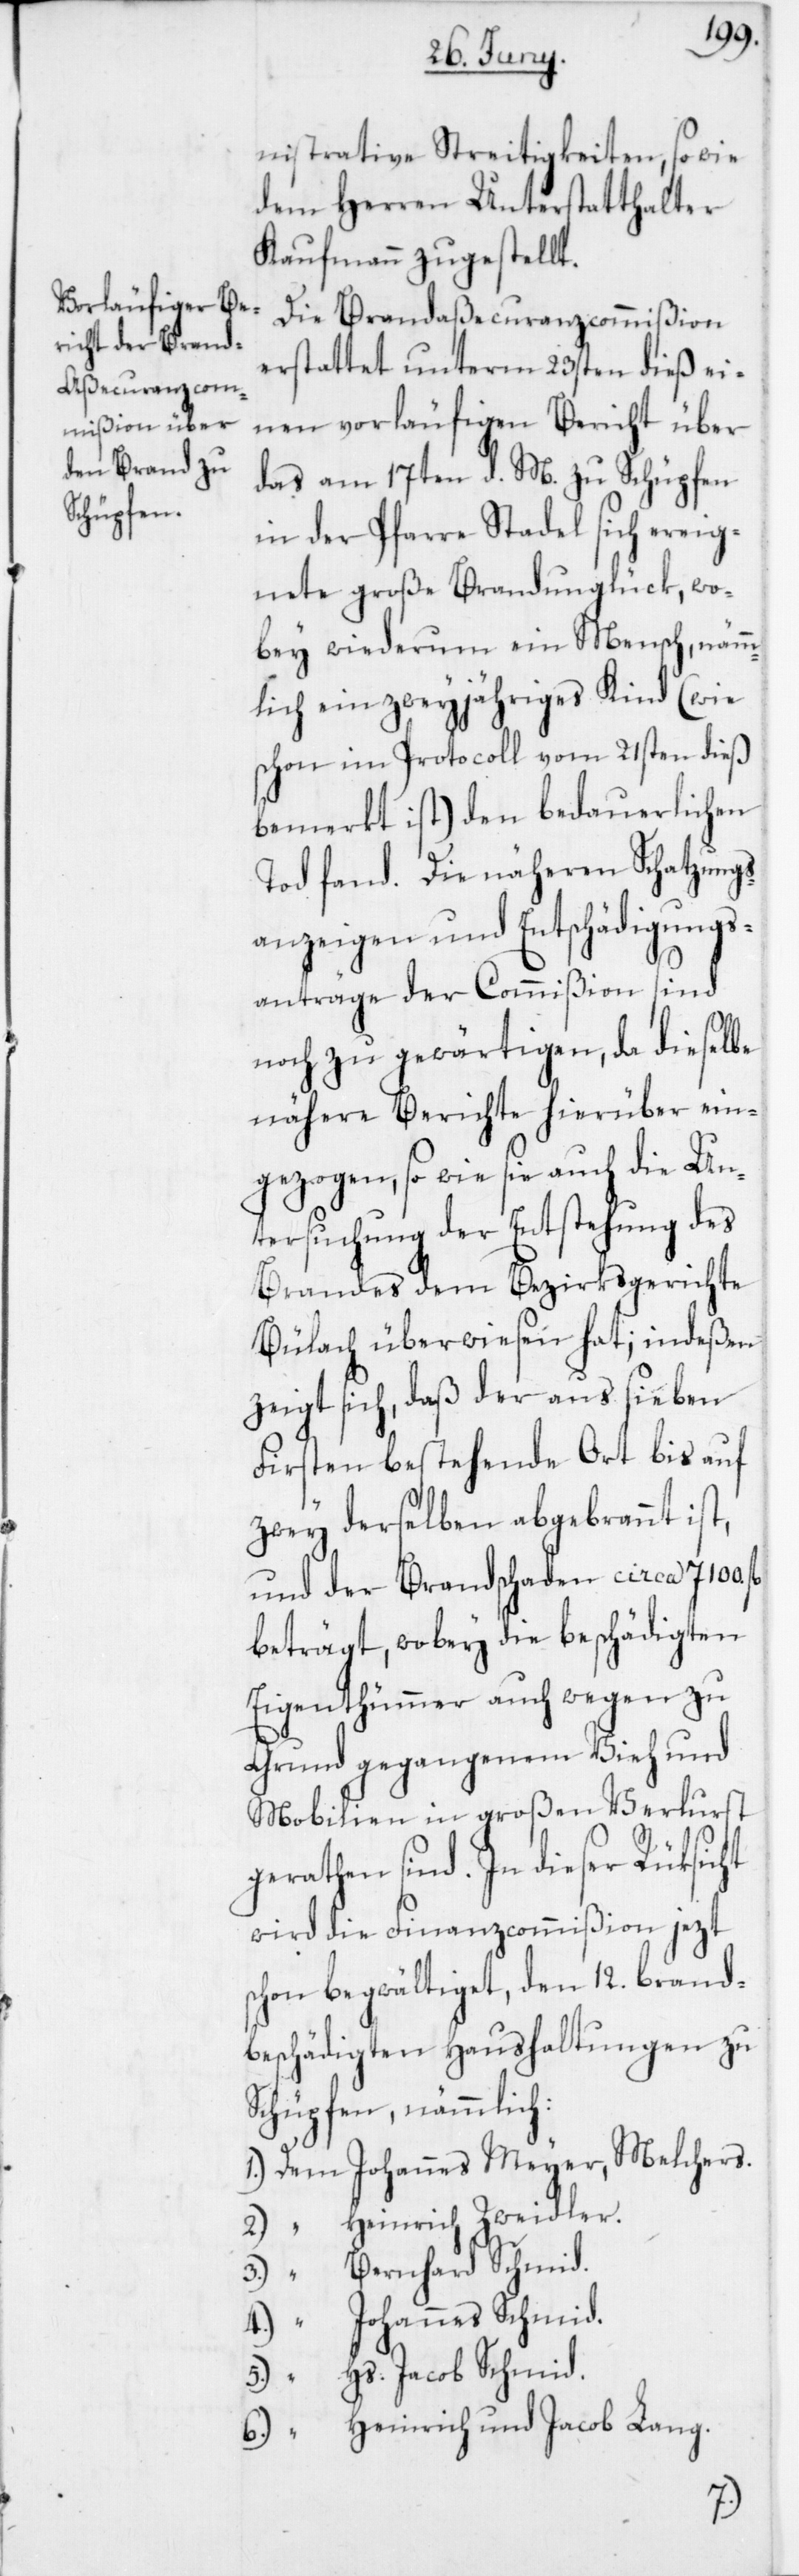
nistrative Streitigkeiten sowie
dem Herren Unterstatthalter
Kaufmann zugestellt.
Die Brandaßecuranzcommißion
erstattet unterm 23sten dieß ei¬
nen vorläufigen Bericht über
das am 17ten d. M. zu Schüpfen
in der Pfarre Stadel sich ereig¬
nete große Brandunglück, wo¬
bey wiederum ein Mensch, nämm¬
lich ein zweyjähriges Kind (wie
schon im Protocoll vom 21sten dieß
bemerkt ist) den bedauerlichen
Tod fand. Die näheren Schatzungs¬
anzeigen und Entschädigungs¬
anträge der Commißion sind
noch zu gewärtigen, da dieselbe
nähere Berichte hierüber ein¬
gezogen, so wie sie auch die Un¬
tersuchung der Entstehung des
Brandes dem Bezirksgerichte
Bülach überwiesen hat; indeßen
zeigt sich, daß der aus sieben
Firsten bestehende Ort bis auf
zwey derselben abgebrannt ist,
und der Brandschaden circa 7100.
beträgt, wobey die beschädigten
Eigenthümmer auch wegen zu
Grund gegangenem Vieh und
Mobilien in großen Verlurst
gerathen sind. In dieser Rüksicht
wird die Finanzcommißion jezt
schon begwältiget, den 12. brand¬
beschädigten Haushaltungen zu
Schüpfen, nämmlich:
1. Dem Johannes Meyer, Melchers.
2. “ Heinrich Zweidler
3. “ Dem Bernhard Schmid.
4. “ Dem Johannes Schmid.
5. “ Dem Hs. Jacob Schmid.
6. “ Den Heinrich und Jacob Lang.